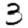
Digit: 3